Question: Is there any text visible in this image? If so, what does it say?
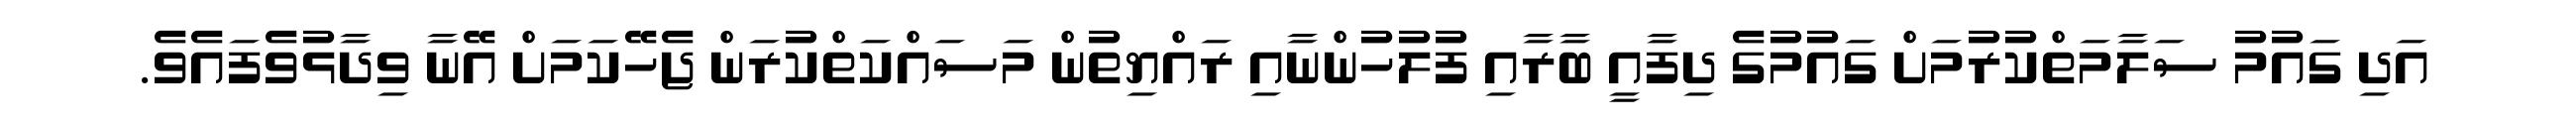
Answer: އަދި ގައުމު ސަލާމަތްކުރުމަށް ގައުމުގެ ދިފާއީ ބާރާއި ފުލުހުންނާއި ރައްޔިތުން މަސައްކަތްކުރަން ޖެހޭކަމަށް އޭނާ ވިދާޅުވެފައެވެ.